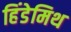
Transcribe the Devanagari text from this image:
हिंडेमिथ